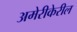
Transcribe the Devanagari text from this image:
अमेरीकेरील